Indian journal of veterinary science and animal husbandry - Volume 11,
Year: 1941
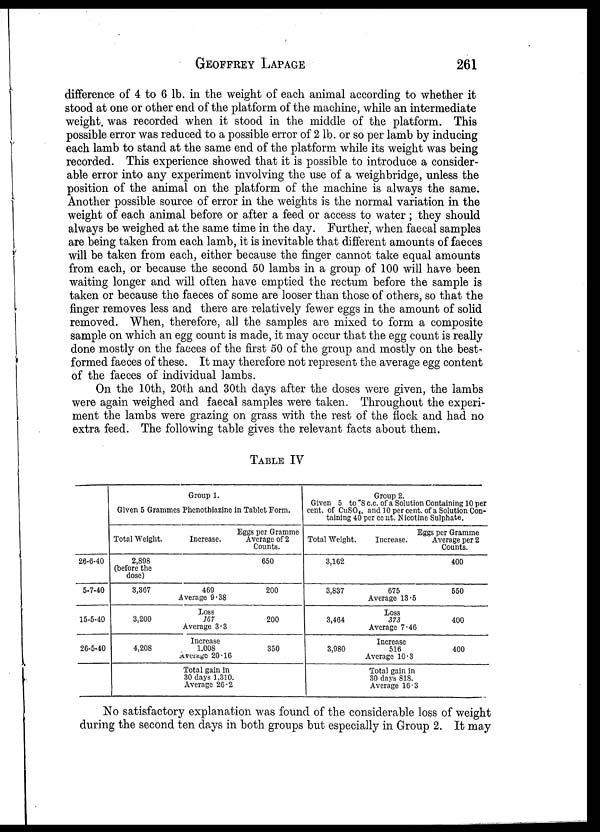
GEOFFREY
LAPAGE
261
difference of 4 to 6 lb. in the weight of each animal according to whether it
stood at one or other end of the platform of the machine, while an intermediate
weight was recorded when it stood in the middle of the platform. This
possible error was reduced to a possible error of 2 lb. or so per lamb by inducing
each lamb to stand at the same end of the platform while its weight was being
recorded. This experience showed that it is possible to introduce a consider-
able error into any experiment involving the use of a weighbridge, unless the
position of the animal on the platform of the machine is always the same.
Another possible source of error in the weights is the normal variation in the
weight of each animal before or after a feed or access to water ; they should
always be weighed at the same time in the day. Further, when faecal samples
are being taken from each lamb, it is inevitable that different amounts of faeces
will be taken from each, either because the finger cannot take equal amounts
from each, or because the second 50 lambs in a group of 100 will have been
waiting longer and will often have emptied the rectum before the sample is
taken or because the faeces of some are looser than those of others, so that the
finger removes less and there are relatively fewer eggs in the amount of solid
removed. When, therefore, all the samples are mixed to form a composite
sample on which an egg count is made, it may occur that the egg count is really
done mostly on the faeces of the first 50 of the group and mostly on the best-
formed faeces of these. It may therefore not represent the average egg content
of the faeces of individual lambs.
On the 10th, 20th and 30th days after the doses were given, the lambs
were again weighed and faecal samples were taken. Throughout the experi-
ment the lambs were grazing on grass with the rest of the flock and had no
extra feed. The following table gives the relevant facts about them.
TABLE IV
26-6-40
5-7-40
15-5-40
26-5-40
Group 1.
Given 5 Grammes Phenothiazine in Tablet Form.
Total Weight.
2,898
(before the
dose)
3,367
3,200
4,208
Increase.
469
Average 9.38
Loss
167
Average 3.3
Increase
1,008
Average 20.16
Total gain in
30 days 1,310.
Average 26.2
Eggs per Gramme
Average of 2
Counts.
650
200
200
350
Group 2.
Given 5 to 8 c.c. of a Solution Containing 10 per
cent, of CuSO 4 and 10 per cent. of a Solution Con-
taining 40 per cent. Nicotine Sulphate.
Total Weight.
3,162
3,837
3,464
3,980
Increase.
675
Average 13.5
Loss
373
Average 7.46
Increase
516
Average 10.3
Total gain in
30 days 818.
Average 16.3
Eggs per Gramme
Average per 2
Counts.
400
550
400
400
No satisfactory explanation was found of the considerable loss of weight
during the second ten days in both groups but especially in Group 2. It may